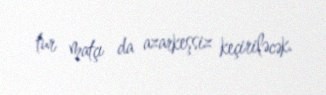
tur matçı da azarkeşsiz keçiriləcək.